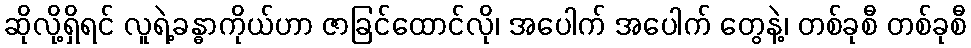
ဆိုလို့ရှိရင် လူရဲ့ခန္ဓာကိုယ်ဟာ ဇာခြင်ထောင်လို၊ အပေါက် အပေါက် တွေနဲ့၊ တစ်ခုစီ တစ်ခုစီ